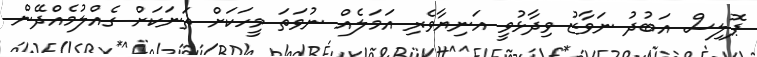
ޕޮލިސް އަބުދު ނަވާޒު ވިދާޅުވީ އަނިޔާވެރި އަމަލެއް ނުވަތަ މީހަކަށް ތަނަކަށް ގެއްލުމެއްދޭން